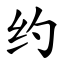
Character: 约